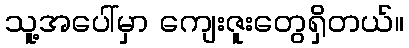
သူ့အပေါ်မှာ ကျေးဇူးတွေရှိတယ်။